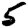
Digit: 5